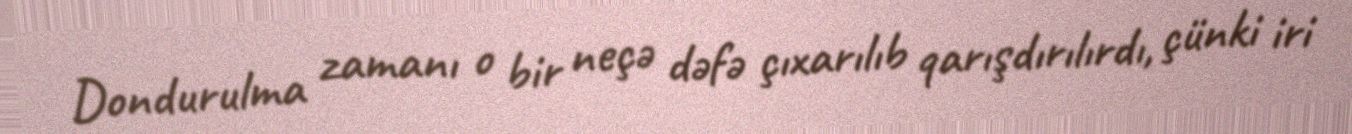
Dondurulma zamanı o bir neçə dəfə çıxarılıb qarışdırılırdı, çünki iri